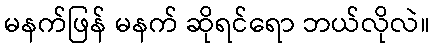
မနက်ဖြန် မနက် ဆိုရင်ရော ဘယ်လိုလဲ။